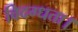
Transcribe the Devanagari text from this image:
विदग्धता।